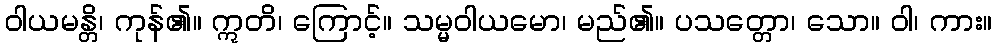
ဝါယမန္တိ၊ ကုန်၏။ ဣတိ၊ ကြောင့်။ သမ္မဝါယမော၊ မည်၏။ ပသတ္တော၊ သော။ ဝါ၊ ကား။